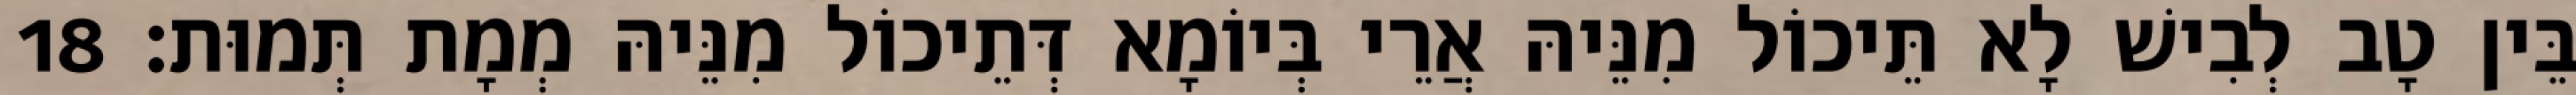
בֵּין טָב לְבִישׁ לָא תֵּיכוֹל מִנֵּיהּ אֲרֵי בְּיוֹמָא דְּתֵיכוֹל מִנֵּיהּ מְמָת תְּמוּת׃ 18